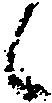
候